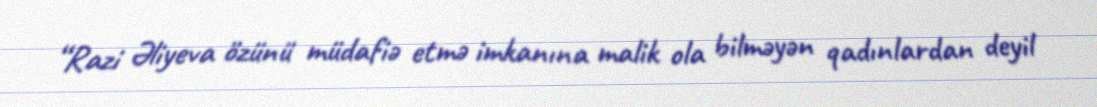
“Razi Əliyeva özünü müdafiə etmə imkanına malik ola bilməyən qadınlardan deyil